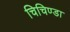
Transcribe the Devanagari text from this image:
चिचिण्डा